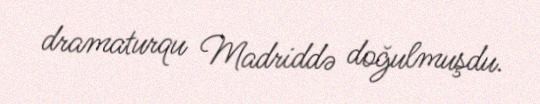
dramaturqu Madriddə doğulmuşdu.